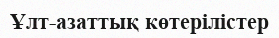
Ұлт-азаттық көтерілістер